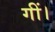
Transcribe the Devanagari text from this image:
गीं।